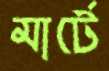
মার্টে